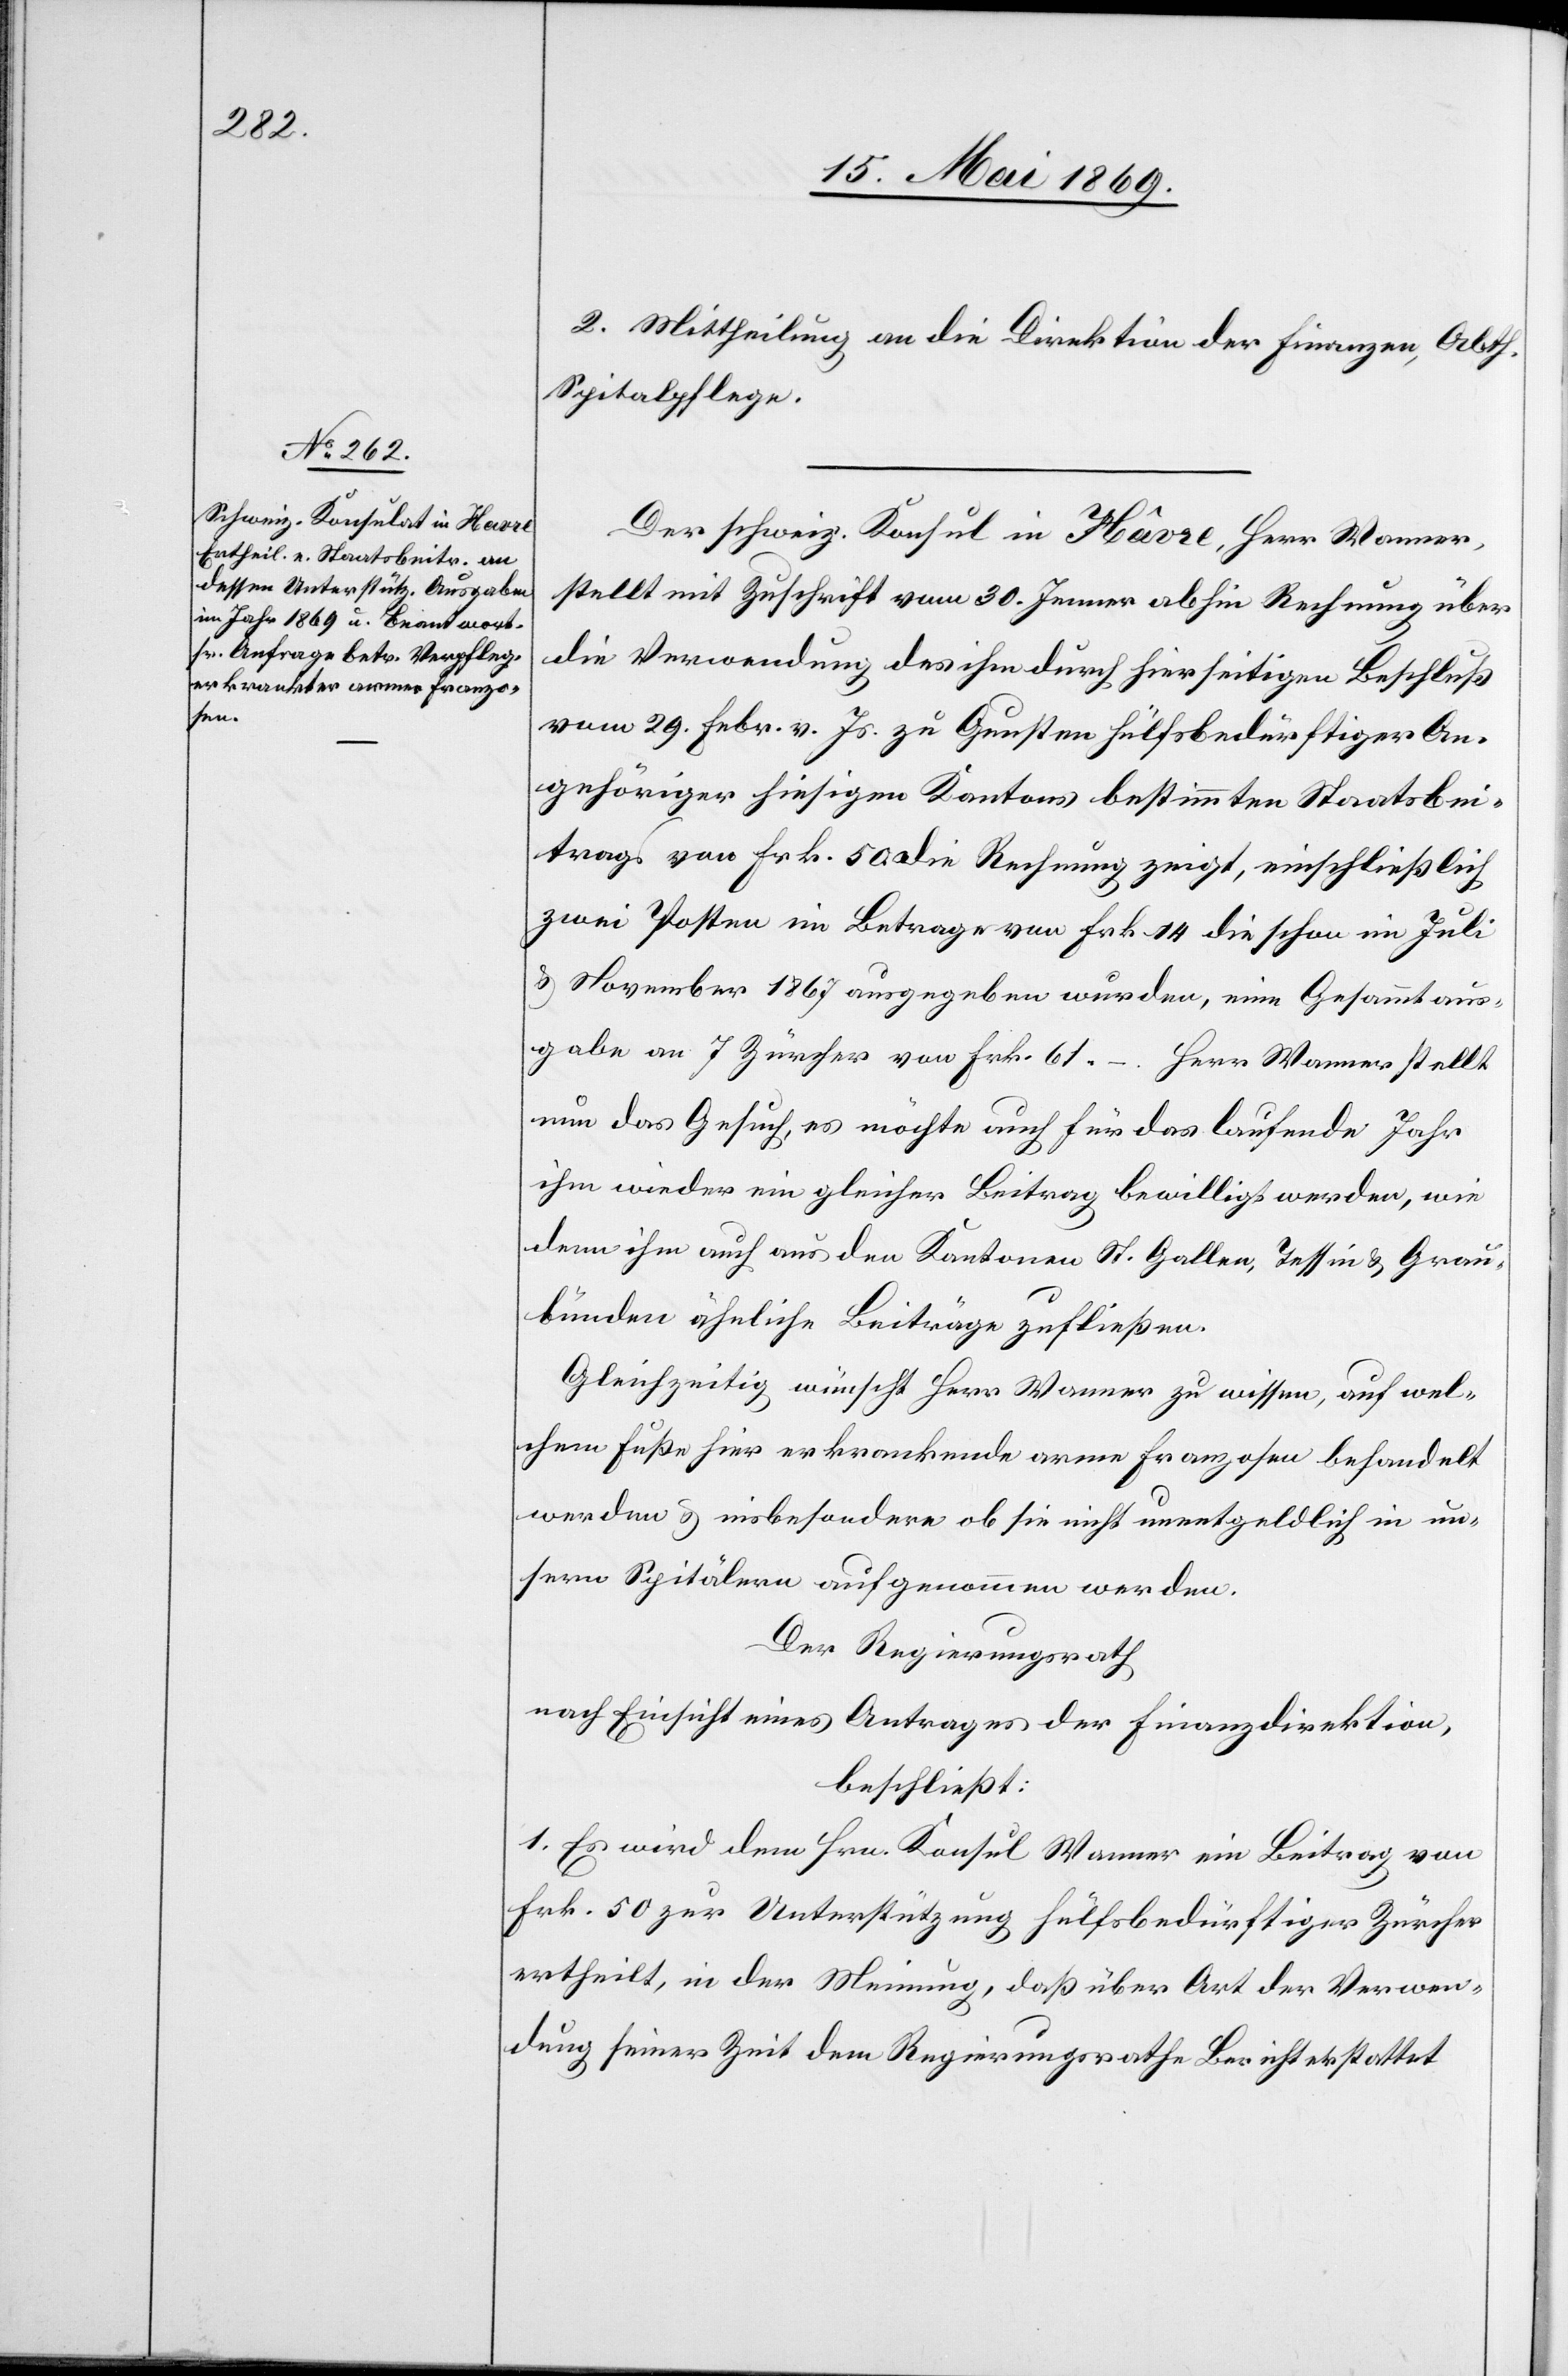
2. Mittheilung an die Direktion der Finanzen, Abth.
Spitalpflege.
Der schweiz. Konsul in Hâvre, Herr Wanner,
stellt mit Zuschrift vom 30. Jenner abhin Rechnung über
die Verwendung des ihm durch hierseitigen Beschluß
vom 29. Febr. v. Js. zu Gunsten hülfsbedürftiger An¬
gehöriger hiesigen Kantons bestimmten Staatsbei¬
trags von Frk. 50. Die Rechnung zeigt, einschließlich
zwei Posten im Betrage von Frk. 14 die schon im Juli
u. November 1867 ausgegeben wurden, eine Gesammtaus¬
gabe an 7 Zürcher von Frk. 61. – Herr Wanner stellt
nun das Gesuch, es möchte auch für das laufende Jahr
ihm wieder ein gleicher Beitrag bewilligt werden, wie
denn ihm auch aus den Kantonen St. Gallen, Tessin u. Grau¬
bünden ähnliche Beiträge zufließen.
Gleichzeitig wünscht Herr Wanner zu wissen, auf wel¬
chem Fuße hier erkrankende arme Franzosen behandelt
werden u. insbesondere ob sie nicht unentgeldlich in un¬
sern Spitälern aufgenommen werden.
Der Regierungsrath
nach Einsicht eines Antrages der Finanzdirektion,
beschließt:
1. Es wird dem Hrn. Konsul Wanner ein Beitrag von
Frk. 50 zur Unterstützung hülfsbedürftiger Zürcher
ertheilt, in der Meinung, daß über Art der Verwen¬
dung seiner Zeit dem Regierungsrathe Bericht erstattet